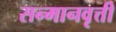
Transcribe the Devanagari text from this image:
सन्मानवृत्ती